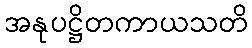
အနုပဋ္ဌိတကာယသတိ